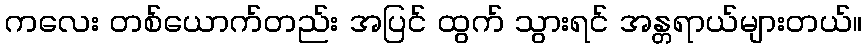
ကလေး တစ်ယောက်တည်း အပြင် ထွက် သွားရင် အန္တရာယ်များတယ်။